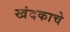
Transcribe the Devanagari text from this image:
खंदकाचे